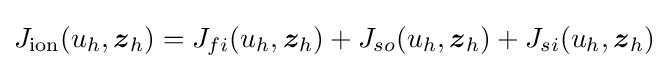
J_{\text{ion}}(u_{h},{\boldsymbol {z}}_{h})=J_{fi}(u_{h},{\boldsymbol {z}}_{h})+J_{so}(u_{h},{\boldsymbol {z}}_{h})+J_{si}(u_{h},{\boldsymbol {z}}_{h})